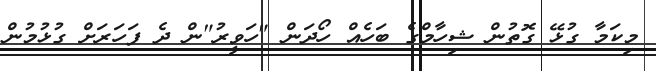
މިކަމާ ގުޅޭ ގޮތުން ޝިހާމްގެ ބަހެއް ހޯދަން "ހަވީރު"ން ދެ ފަހަރަށް ގުޅުމުން